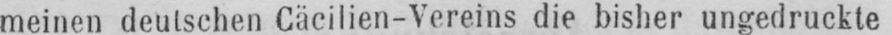
Cäcilien-Vereins die bisher ungedruckte